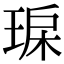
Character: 𤥾